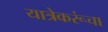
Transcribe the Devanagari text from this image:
यात्रेकरूंचा